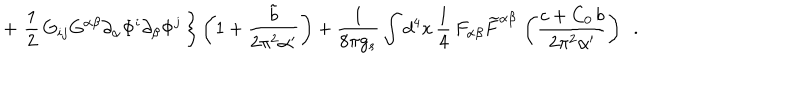
+ \, \left. \frac { 1 } { 2 } \, G _ { i j } G ^ { \alpha \beta } \partial _ { \alpha } \Phi ^ { i } \partial _ { \beta } \Phi ^ { j } \, \right\} \left( 1 + \frac { { \tilde { b } } } { 2 \pi ^ { 2 } \alpha ^ { \prime } } \right) + \frac { 1 } { 8 \pi g _ { s } } \int d ^ { 4 } x \, \frac { 1 } { 4 } \, F _ { \alpha \beta } { \widetilde { F } } ^ { \alpha \beta } \, \left( \frac { c + C _ { 0 } \, b } { 2 \pi ^ { 2 } \alpha ^ { \prime } } \right) ~ ~ .